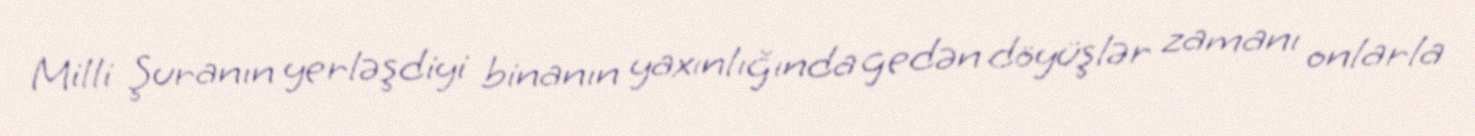
Milli Şuranın yerləşdiyi binanın yaxınlığında gedən döyüşlər zamanı onlarla